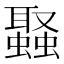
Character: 𮕉